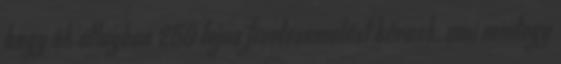
hogy ők átlagban 250 lejes fizetésemelést kérnek, ami mintegy